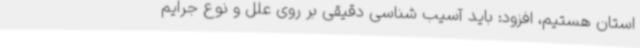
استان هستیم، افزود: باید آسیب شناسی دقیقی بر روی علل و نوع جرایم